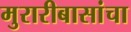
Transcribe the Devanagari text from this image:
मुरारीबासांचा